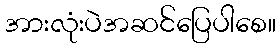
အားလုံးပဲအဆင်ပြေပါစေ။